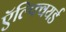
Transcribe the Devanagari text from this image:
ऍल्फ्वियर्ड